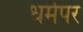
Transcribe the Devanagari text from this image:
धर्मपर